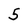
Character: 5